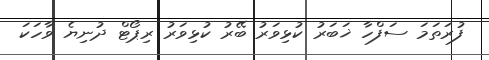
ފުރަތަމަ ސަފްހާ ޚަބަރު ކުޅިވަރު ބޭރު ކުޅިވަރު ރިޕޯޓް ދުނިޔެ ވާހަކަ